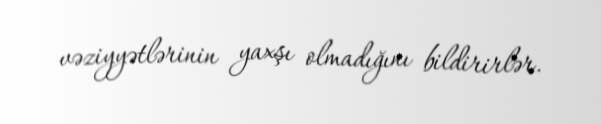
vəziyyətlərinin yaxşı olmadığını bildirirlər.